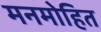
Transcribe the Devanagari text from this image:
मनमोहित